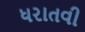
ધરાતવી